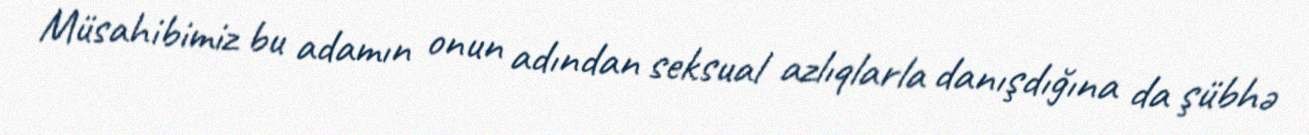
Müsahibimiz bu adamın onun adından seksual azlıqlarla danışdığına da şübhə